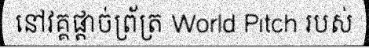
នៅវគ្គផ្តាច់ព្រ័ត្រ World Pitch របស់